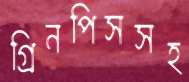
গ্রিনপিসসহ